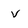
Character: v